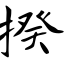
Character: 揆